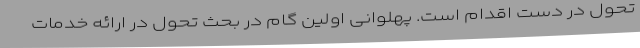
تحول در دست اقدام است. پهلوانی اولین گام در بحث تحول در ارائه خدمات